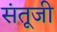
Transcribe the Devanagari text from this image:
संतूजी